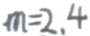
m = 2 , 4